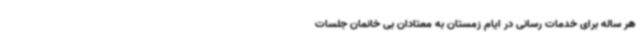
هر ساله برای خدمات رسانی در ایام زمستان به معتادان بی خانمان جلسات